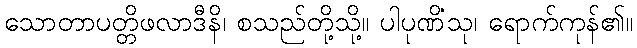
သောတာပတ္တိဖလာဒီနိ၊ စသည်တို့သို့။ ပါပုဏိံသု၊ ရောက်ကုန်၏။